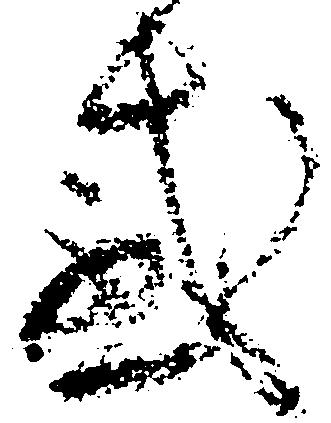
感